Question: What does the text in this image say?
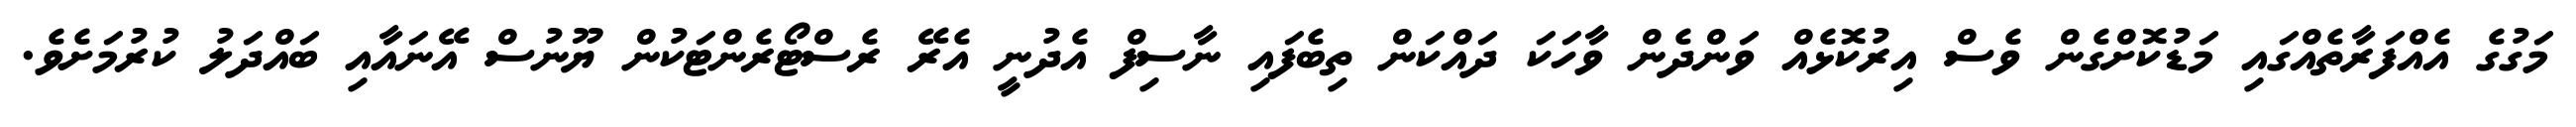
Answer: މަގުގެ އެއްފަރާތެއްގައި މަޑުކޮށްގެން ވެސް އިރުކޮޅެއް ވަންދެން ވާހަކަ ދައްކަން ތިބެފައި ނާސިފް އެދުނީ އެރޭ ރެސްޓޯރެންޓަކުން ޔޫނުސް އޭނައާއި ބައްދަލު ކުރުމަށެވެ.